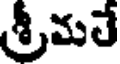
శ్రీమతే